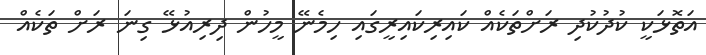
އަތޮޅަކީ ކުދުކުދި ރަށްތަކެއް ކައިރިކައިރީގައި ހިމެނޭ މީހުން ދިރިއުޅޭ ގިނަ ރަށް ތަކެއް